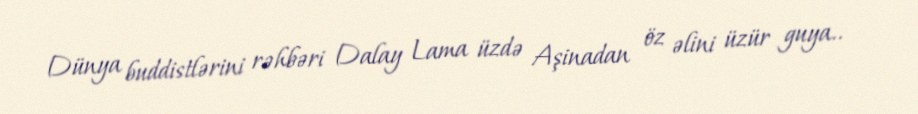
Dünya buddistlərini rəhbəri Dalay Lama üzdə Aşinadan öz əlini üzür guya..